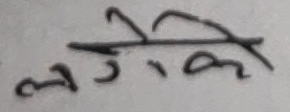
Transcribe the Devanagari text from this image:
लागेको